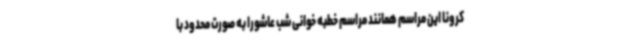
کرونا این مراسم همانند مراسم خطبه خوانی شب عاشورا به صورت محدود با